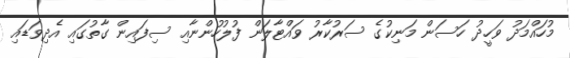
މުހައްމަދު ވަހީދު ހަސަން މަނިކުގެ ސަރުކާރު ވައްޓާލަން ފުލުހުންނާއި ސިފައިން ގާތުގައި އެދިވަޑައި